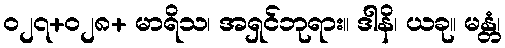
၀၂၇+၀၂၈+ မာရိသ၊ အရှင်ဘုရား။ ဒါနိ၊ ယခု။ မန္တံ၊